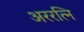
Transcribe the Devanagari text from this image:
अररत्नि